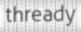
thready